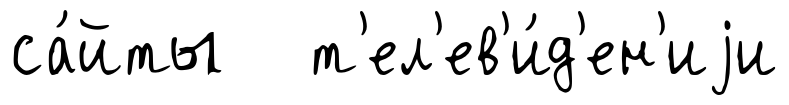
са́йты т'ел'ев'и́д'ен'иjи